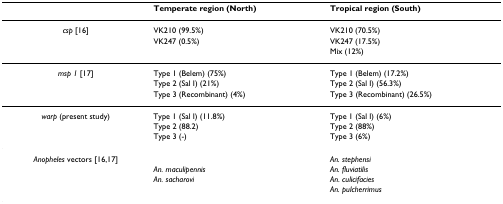
<table><thead><tr><td></td><td><b>Temperate region (North)</b></td><td><b>Tropical region (South)</b></td></tr></thead><tbody><tr><td><i>csp </i>[16]</td><td>VK210 (99.5%)</td><td>VK210 (70.5%)</td></tr><tr><td></td><td>VK247 (0.5%)</td><td>VK247 (17.5%)</td></tr><tr><td></td><td></td><td>Mix (12%)</td></tr><tr><td><i>msp 1 </i>[17]</td><td>Type 1 (Belem) (75%)</td><td>Type 1 (Belem) (17.2%)</td></tr><tr><td></td><td>Type 2 (Sal I) (21%)</td><td>Type 2 (Sal I) (56.3%)</td></tr><tr><td></td><td>Type 3 (Recombinant) (4%)</td><td>Type 3 (Recombinant) (26.5%)</td></tr><tr><td><i>warp </i>(present study)</td><td>Type 1 (Sal I) (11.8%)</td><td>Type 1 (Sal I) (6%)</td></tr><tr><td></td><td>Type 2 (88.2)</td><td>Type 2 (88%)</td></tr><tr><td></td><td>Type 3 (-)</td><td>Type 3 (6%)</td></tr><tr><td><i>Anopheles </i>vectors [16,17]</td><td></td><td><i>An. stephensi</i></td></tr><tr><td></td><td><i>An. maculipennis</i></td><td><i>An. fluviatilis</i></td></tr><tr><td></td><td><i>An. sacharovi</i></td><td><i>An. culicifacies</i></td></tr><tr><td></td><td></td><td><i>An. pulcherrimus</i></td></tr></tbody></table>